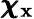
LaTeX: \pmb{\chi}_{\mathbf{x}}